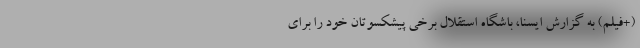
(+فیلم) به گزارش ایسنا، باشگاه استقلال برخی پیشکسوتان خود را برای